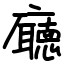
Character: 廰